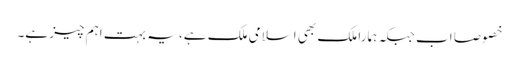
خصوصا اب جبکہ ہمارا ملک بھی اسلامی ملک ہے، یہ بہت اہم چیز ہے۔